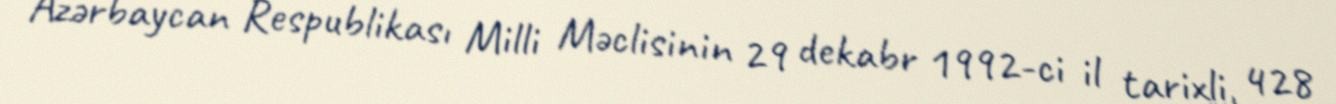
Azərbaycan Respublikası Milli Məclisinin 29 dekabr 1992-ci il tarixli, 428